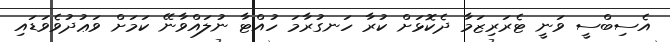
އެސިބްސީ ވަނީ ޓެރަރިޒަމާ ދެކޮޅަށް ކުރާ ހަނގުރާމަ ހުއްޓާ ނުލައްވާނޭ ކަމަށް ވަޢުދުވެވަޑައި